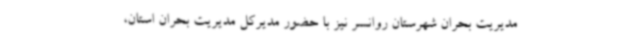
مدیریت بحران شهرستان روانسر نیز با حضور مدیرکل مدیریت بحران استان،